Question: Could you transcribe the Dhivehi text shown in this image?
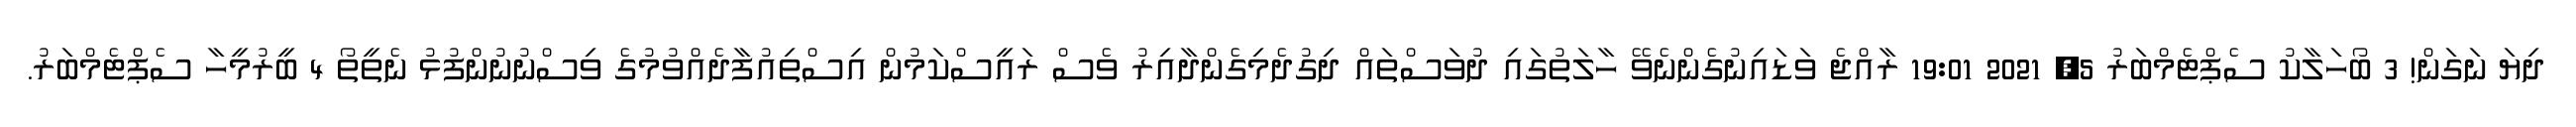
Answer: ދިޔަ ނަގަން! 3 ބޯހަލާކު ސެޕްޓެމްބަރު 5, 2021 19:01 ރާއްޖެ ވަޑައިނުގެންނެވޭ ހާލަތުގައި ދުވަސްތައް ދިގުދެމިގެންދާއިރު ވެސް ރައީސްކަމުން އިސްތިއުފާދެއްވުމުގެ ވިސްނުނުންފުޅު ނެތީތޯ 4 ބީރުމީހާ ސެޕްޓެމްބަރު.